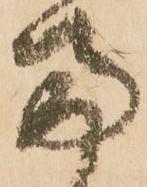
両